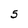
Character: 5